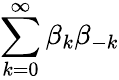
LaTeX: \sum_{k=0}^{\infty}\beta_{k}\beta_{-k}